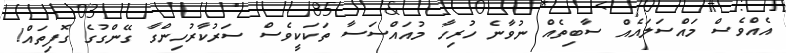
އެއްވެސް މައްސަލައެއް ސާބިތެއް ނުވާނެ ހުރިހާ މުއައްސަސާ ތަކަކީވެސް ސަރުކާރުހިިންގާ ގޭންގުގެ ގޮފިތައް!